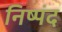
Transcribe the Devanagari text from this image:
निष्पंद